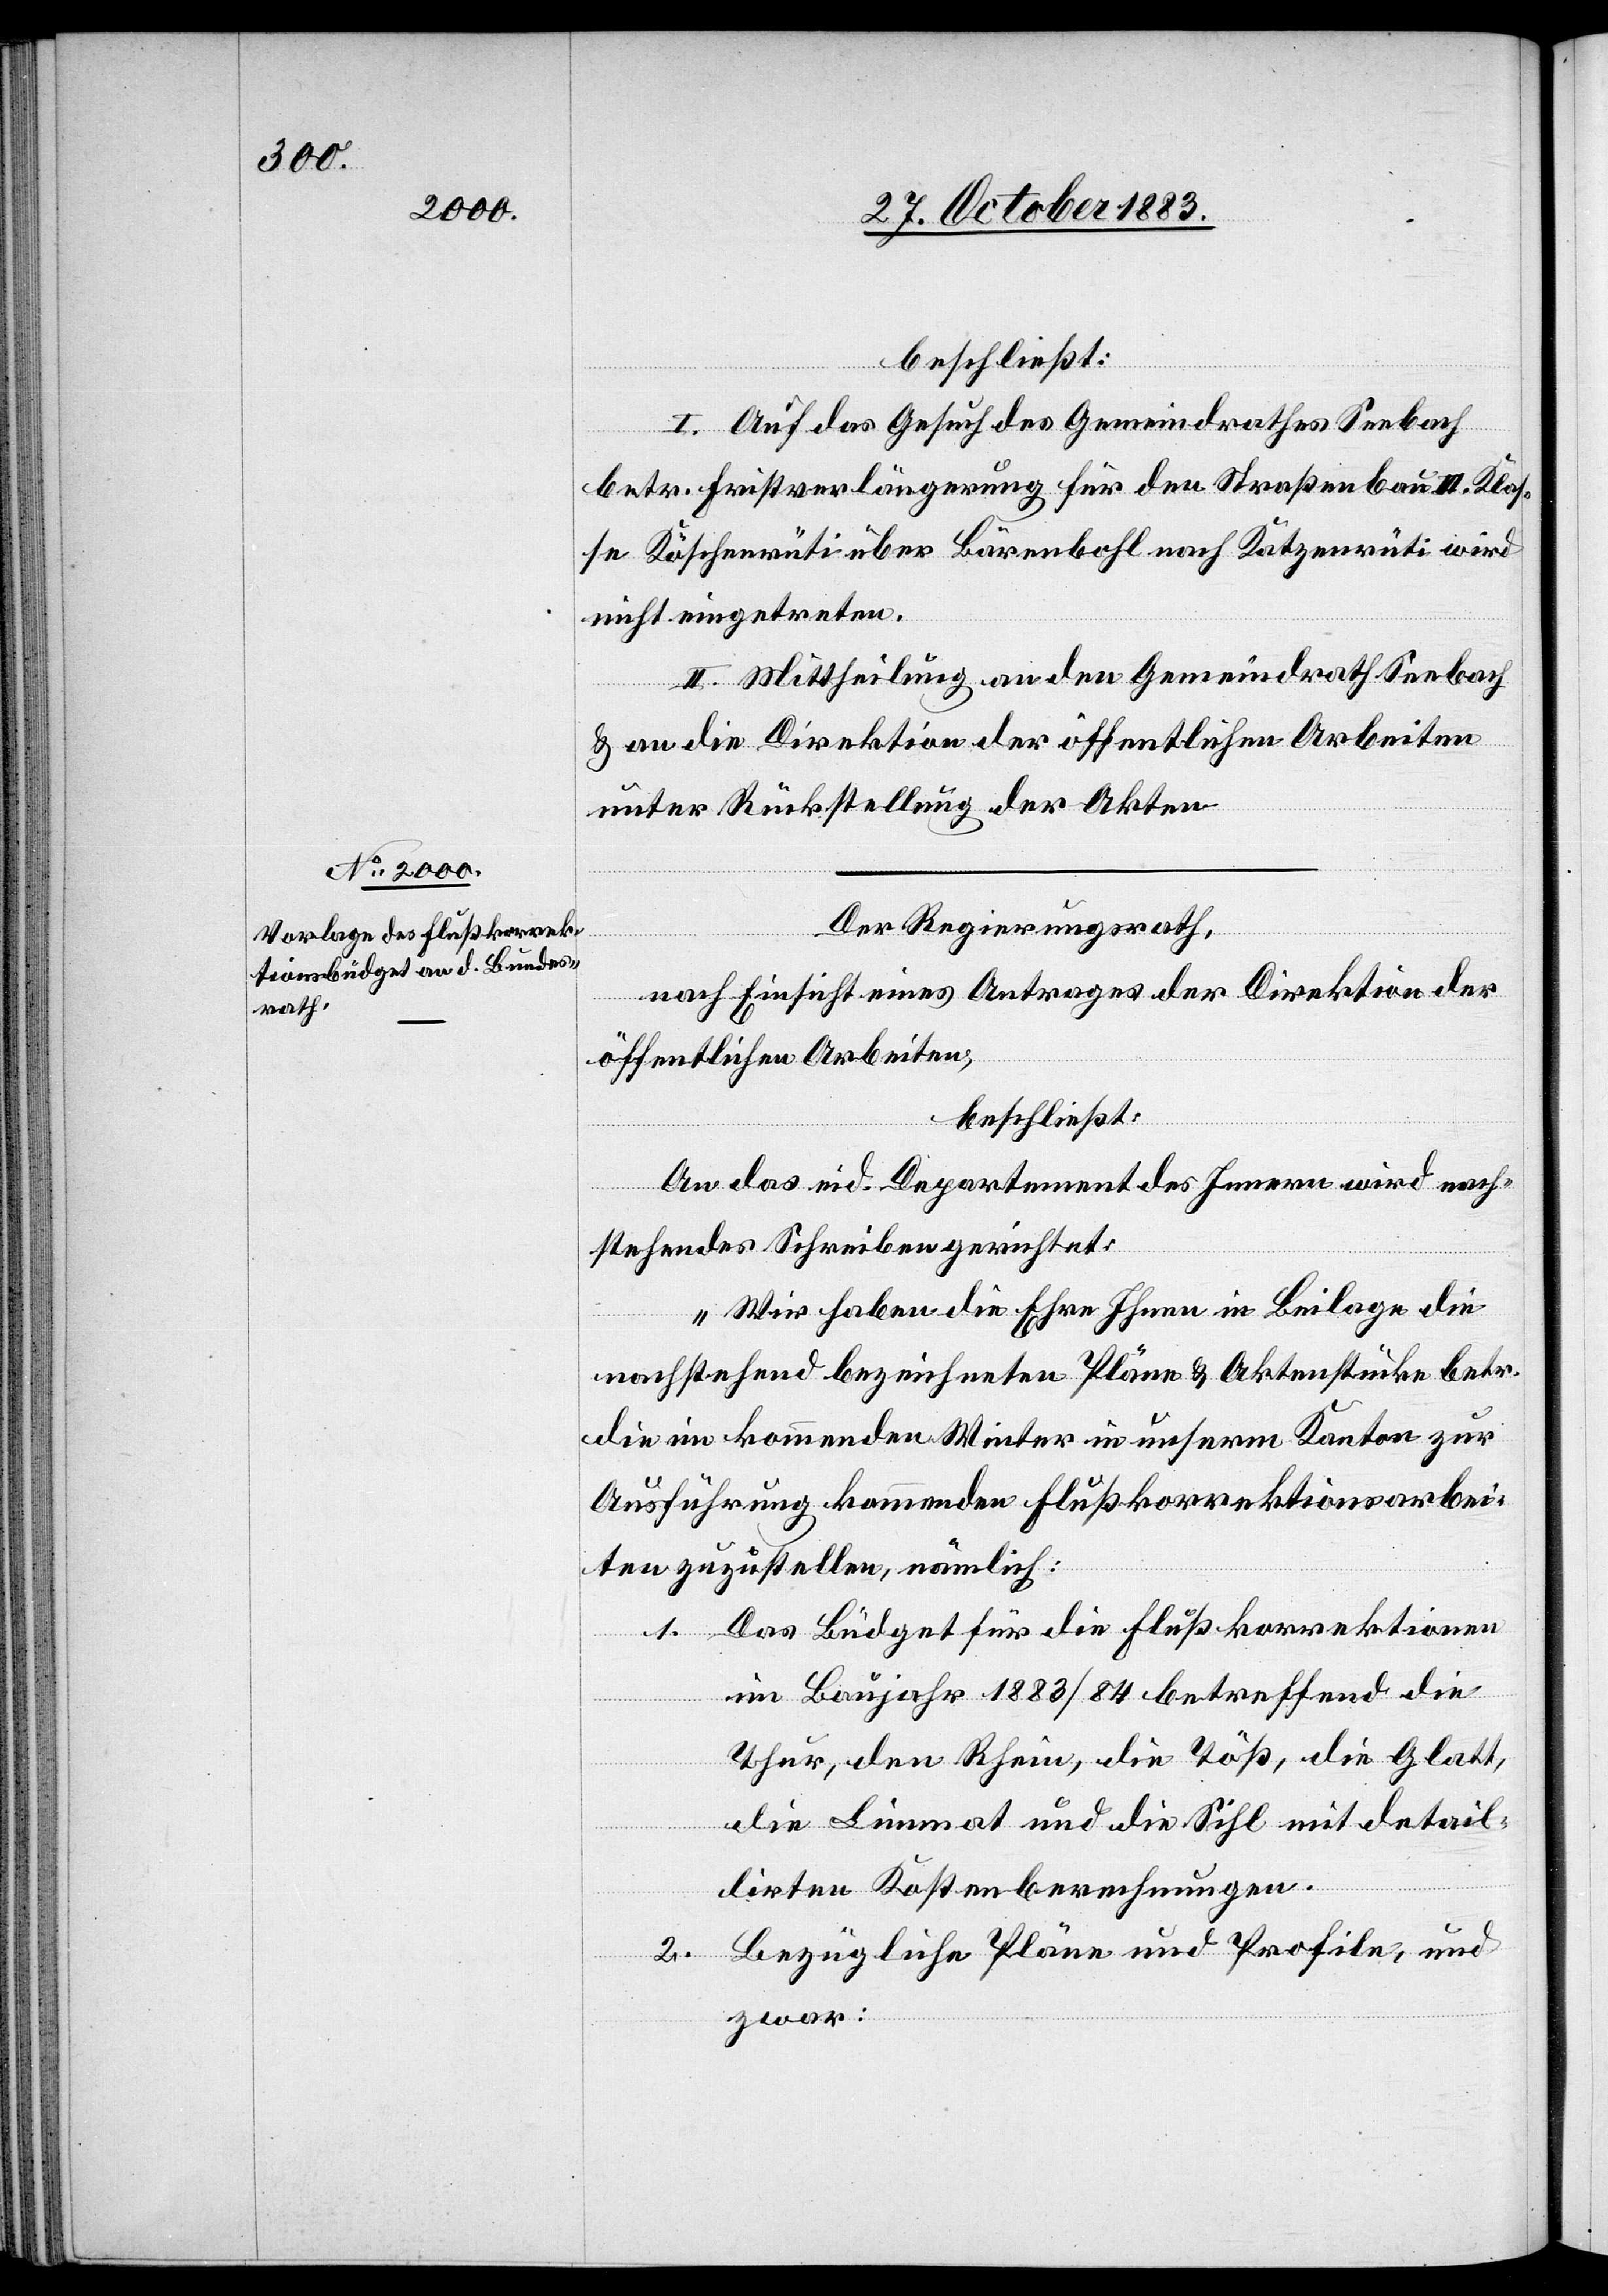
beschließt:
I. Auf das Gesuch des Gemeindrathes Seebach
betr. Fristverlängerung für den Straßenbau III. Klas¬
se Köschenrüti über Bärenbohl nach Katzenrüti wird
nicht eingetreten.
II. Mittheilung an den Gemeindrath Seebach
& an die Direktion der öffentlichen Arbeiten
unter Rückstellung der Akten.
Der Regierungsrath,
nach Einsicht eines Antrages der Direktion der
öffentlichen Arbeiten,
beschließt:
An das eid. Department des Innern wird nach¬
stehendes Schreiben gerichtet:
„Wir haben die Ehre Ihnen in Beilage die
nachstehend bezeichneten Pläne & Aktenstücke betr.
die im kommenden Winter in unserm Kanton zur
Ausführung kommenden Flußkorrektionsarbei¬
ten zuzustellen, nämlich:
1. Das Büdget für die Flußkorrektionen
im Baujahr 1883/84 betreffend die
Thur, den Rhein, die Thöß, die Glatt,
die Limmat und die Sihl mit detail¬
lirten Kostenberechnungen.
2. Bezügliche Pläne und Profile, und
zwar: